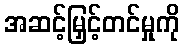
အဆင့်မြှင့်တင်မှုကို